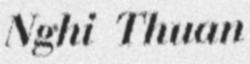
Nghi Thuan